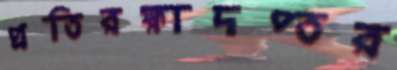
প্রতিরক্ষাদপ্তর